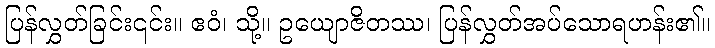
ပြန်လွှတ်ခြင်း၎င်း။ ဧဝံ၊ သို့။ ဥယျောဇိတဿ၊ ပြန်လွှတ်အပ်သောရဟန်း၏။